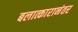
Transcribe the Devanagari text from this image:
बलात्कारानंतर